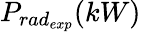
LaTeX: P_{rad_{exp}}(kW)